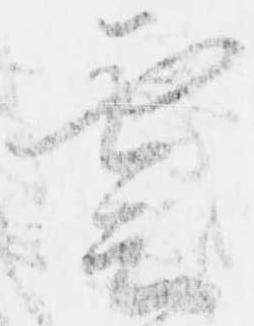
雲